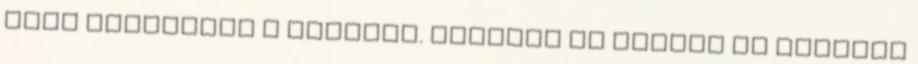
mert bebasztam a sarokba. Kiállok az ajtóba és csípőre